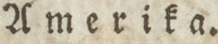
Amerika.